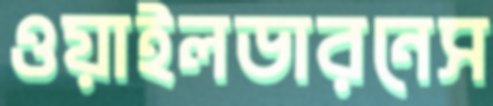
ওয়াইলডারনেস